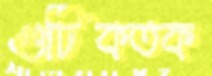
গুটিকতক